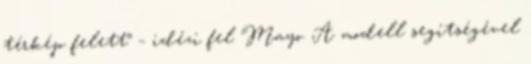
térkép felett” – idézi fel Mayo. A modell segítségével